Indian journal of veterinary science and animal husbandry - Volume 8,
Year: 1938
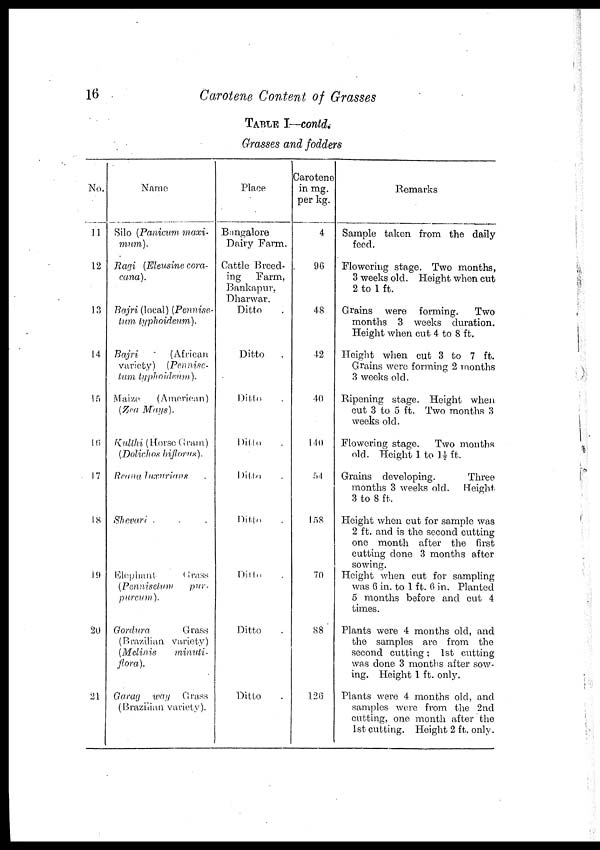
16
Carotene Content of Grasses
TABLE I—contd.
Grasses and fodders
No.
11
12
13
14
15
16
17
18
19
20
21
Name
Silo (Panicum maxi-
mum).
Ragi (Eleusine cora-
cana).
Bajri (local) (Pennise-
tum typhoideum.).
Bajri
(African
variety) (Pennise-
tum typhoideum).
Maize
(American)
(Zea Mays).
Kulthi (Horse (Gram)
(Dolichos biflorus).
Reana luxurians .
Shevari . . .
Elephant
Grass
(Pennisetum
pur-
pureum).
Gordura
Grass
(Brazilan. variety)
(Melinis
minuti¬
flora).
Garag way Grass
(Brazilian variety).
Place
Bangalore
Dairy Farm.
Cattle Breed-
ing
Farm,
Bankapur,
Dharwar.
Ditto .
Ditto .
Ditto .
Ditto .
Ditto .
Ditto .
Ditto .
Ditto .
Ditto .
Carotene
in mg.
per kg.
4
96
48
42
40
140
54
158
70
88
126
Remarks
Sample taken from the daily
feed.
Flowering stage. Two months,
3 weeks old. Height when cut
2 to 1 ft.
Grains were forming.
Two
months 3 weeks duration.
Height when cut 4 to 8 ft.
Height when cut 3 to 7 ft.
Grains were forming 2 months
3 weeks old.
Ripening stage. Height when
cut 3 to 5 ft. Two months 3
weeks old.
Flowering stage.
Two months
old. Height 1 to 1½ ft.
Grains developing.
Three
months 3 weeks old.
Height
3 to 8 ft.
Height when cut for sample was
2 ft. and is the second cutting
one month after the first
cutting done 3 months after
sowing.
Height when cut for sampling
was 6 in. to 1 ft. 6 in. Planted
5 months before and cut 4.
times.
Plants were 4 months old, and
the samples are from the
second cutting: 1st cutting
was done 3 months after sow-
ing. Height 1 ft. only.
Plants were 4 months old, and
samples were from the 2nd
cutting, one month after the
1st cutting. Height 2 ft. only.